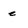
Character: e